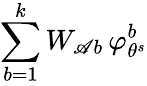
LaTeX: \sum_{b=1}^{k}W_{\mathscr{A}b}\, \varphi_{\theta^{s}}^{b}